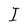
Character: I